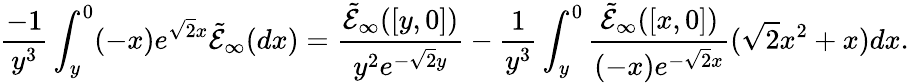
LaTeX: \frac{-1}{y^{3}}\int_{y}^{0}(-x)e^{\sqrt{2}x}\tilde{\mathcal{E}}_{\infty}(dx)=\frac{\tilde{\mathcal{E}}_{\infty}([y,0])}{y^{2}e^{-\sqrt{2}y}}-\frac{1}{y^{3}}\int_{y}^{0}\frac{\tilde{\mathcal{E}}_{\infty}([x,0])}{(-x)e^{-\sqrt{2}x}}(\sqrt{2}x^{2}+x)dx.